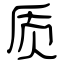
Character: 质